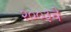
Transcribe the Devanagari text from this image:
२००३चे